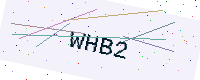
Text: WHB2